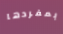
بمفردها